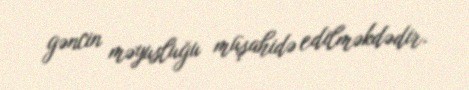
gəncin məyusluğu müşahidə edilməkdədir.